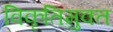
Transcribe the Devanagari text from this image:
विकृतिमुक्त